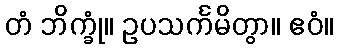
တံ ဘိက္ခုံ။ ဥပသင်္ကမိတွာ။ ဧဝံ။